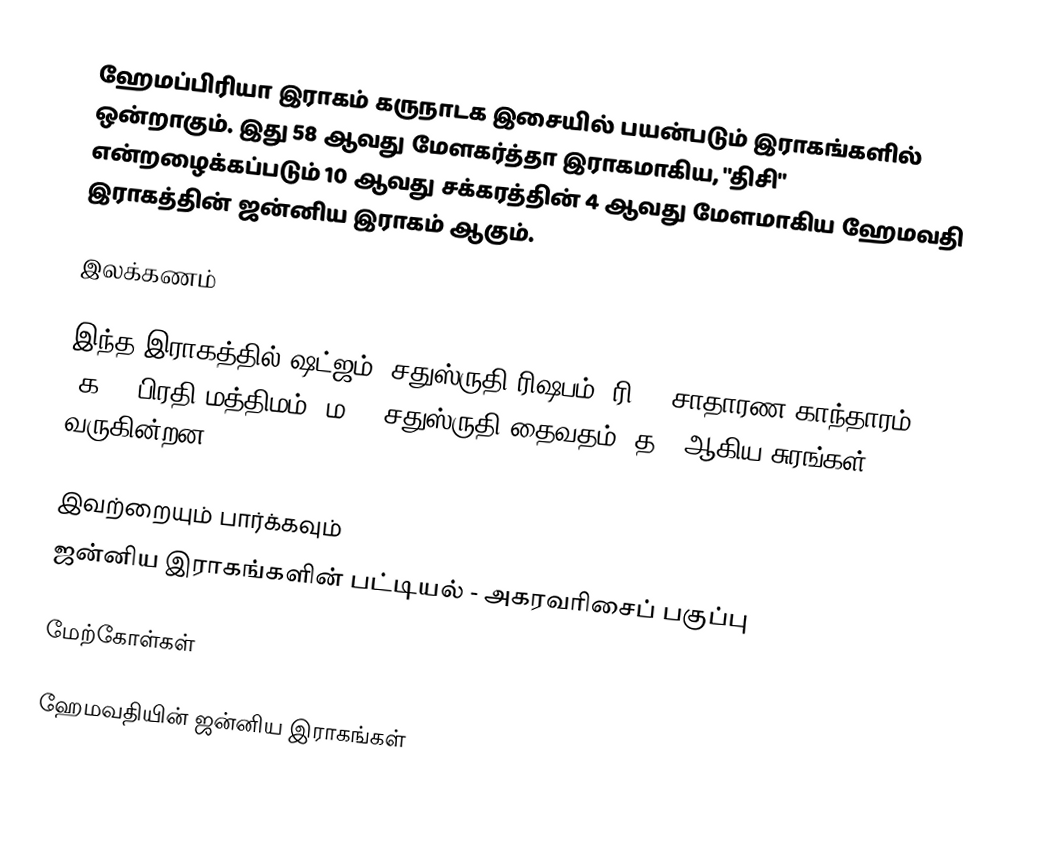
ஹேமப்பிரியா இராகம் கருநாடக இசையில் பயன்படும் இராகங்களில் ஒன்றாகும். இது 58 ஆவது மேளகர்த்தா இராகமாகிய, "திசி" என்றழைக்கப்படும் 10 ஆவது சக்கரத்தின் 4 ஆவது மேளமாகிய ஹேமவதி இராகத்தின் ஜன்னிய இராகம் ஆகும்.

இலக்கணம்

இந்த இராகத்தில் ஷட்ஜம், சதுஸ்ருதி ரிஷபம் (ரி2),  சாதாரண காந்தாரம் (க2), பிரதி மத்திமம் (ம2), சதுஸ்ருதி தைவதம் (த2) ஆகிய சுரங்கள் வருகின்றன.

இவற்றையும் பார்க்கவும்
 ஜன்னிய இராகங்களின் பட்டியல் - அகரவரிசைப் பகுப்பு

மேற்கோள்கள்

ஹேமவதியின் ஜன்னிய இராகங்கள்